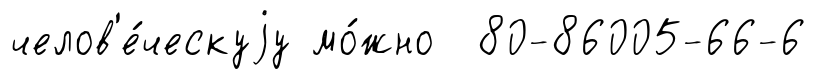
челов'е́ческуjу мо́жно 80-86005-66-6